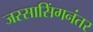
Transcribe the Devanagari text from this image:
जस्सासिंगनंतर